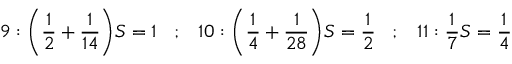
9 : { \bigg ( } { \frac { 1 } { 2 } } + { \frac { 1 } { 1 4 } } { \bigg ) } S = 1 \; \; \; ; \; \; \; 1 0 : { \bigg ( } { \frac { 1 } { 4 } } + { \frac { 1 } { 2 8 } } { \bigg ) } S = { \frac { 1 } { 2 } } \; \; \; ; \; \; \; 1 1 : { \frac { 1 } { 7 } } S = { \frac { 1 } { 4 } }